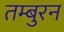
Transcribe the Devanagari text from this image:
तम्बुरन